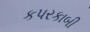
કપરકાબી